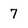
Character: 7